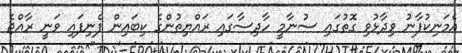
އެމަނިކުފާނު ވިދާޅުވި ގޮތުގައި ސުނާމީ ހާދިސާގައި ރައްޔިތުންގެ ކިބައިން ފެނިފައި ވަނީ ރާއްޖެ